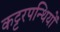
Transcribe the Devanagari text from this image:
कट्टरपन्थियों